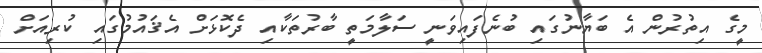
މީގެ އިތުރުން އެ ބަޔާނުގައި ބުނެފައިވަނީ ސަލާމަތީ ބާރުތަކާއި ދެކޮޅަށް އެޤައުމުގައި ކުރިއަށް